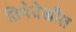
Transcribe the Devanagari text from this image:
तिथेदेखील